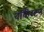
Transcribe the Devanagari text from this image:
वर्किंग्टन